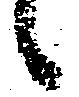
候